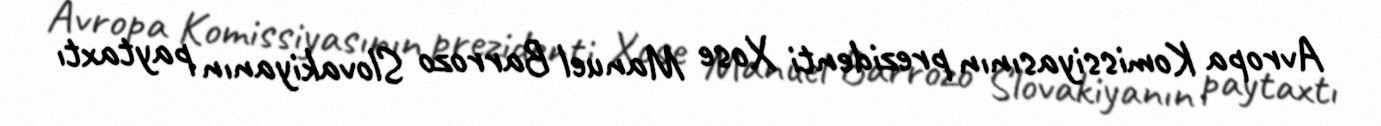
Avropa Komissiyasının prezidenti Xose Manuel Barrozo Slovakiyanın paytaxtı